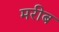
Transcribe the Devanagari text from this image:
मरीब